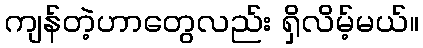
ကျန်တဲ့ဟာတွေလည်း ရှိလိမ့်မယ်။